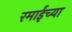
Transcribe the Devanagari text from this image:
रमाईंच्या